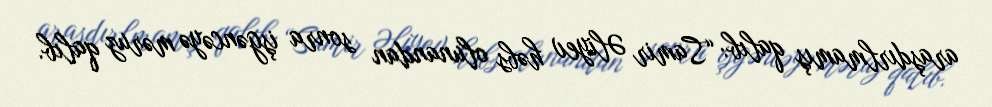
araşdırlmamış qalıb: “Samir Əliyev həbs olunandan sonra işgəncəyə məruz qalıb.